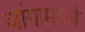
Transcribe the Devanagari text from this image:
जांगामध्ये